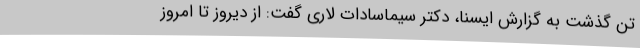
تن گذشت به گزارش ایسنا، دکتر سیماسادات لاری گفت: از دیروز تا امروز